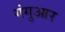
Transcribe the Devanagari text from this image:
गंगुआर